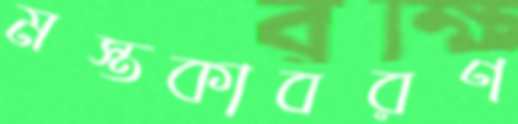
মস্তকাবরণ